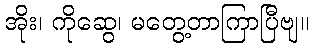
အိုး၊ ကိုဆွေ၊ မတွေ့တာကြာပြီဗျ။